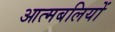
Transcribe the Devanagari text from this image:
आत्मबलियों